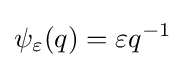
\psi _{\varepsilon }(q)=\varepsilon q^{-1}